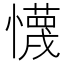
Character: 懱